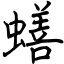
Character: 蟮